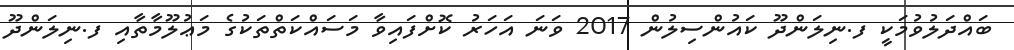
ބައްދަލުވުމަކީ ފ.ނިލަންދޫ ކައުންސިލުން 2017 ވަނަ އަހަރު ކޮށްފައިވާ މަސައްކަތްތަކުގެ މަޢުލޫމާތާއި ފ.ނިލަންދޫ